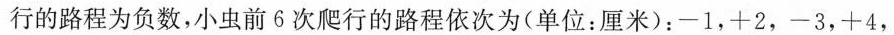
行的路程为负数，小虫前6次爬行的路程依次为(单位：厘米)：-1，+2，-3，+4，